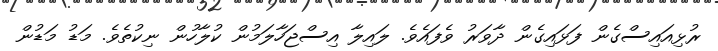
ރުޅިއައިސްގެން ފަޅައިގެން ދާވަރު ވެފައެވެ. ލައިލާ އިސްޖަހާލަމުން ކުލާހުން ނިކުތެވެ. މަޑު މަޑުން